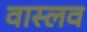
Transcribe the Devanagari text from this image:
वास्लव